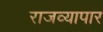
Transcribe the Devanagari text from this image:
राजव्यापार